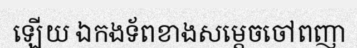
ឡើយ ឯកងទ័ពខាងសម្តេចចៅពញា